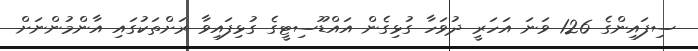
ސިފައިންގެ 126 ވަނަ އަހަރީ ދުވަހާ ގުޅިގެން އައްޑޫސިޓީގެ ގުޅިފައިވާ ރަށްތަކުގައި އާންމުންނަށް